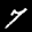
Label: 7